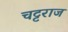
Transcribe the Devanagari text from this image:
चट्टराज